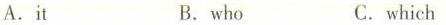
A. it B. who C. which